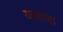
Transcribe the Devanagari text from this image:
यहशाहा